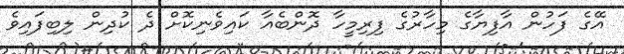
އޭގެ ފަހުން އާފިޔާގެ މިހާރުގެ ފިރިމީހާ ދޮންބެއާ ކައިވެނިކޮށް ދެ ކުދިން ލިބިފައިވެ